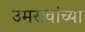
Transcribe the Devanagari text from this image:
उमरावांच्या